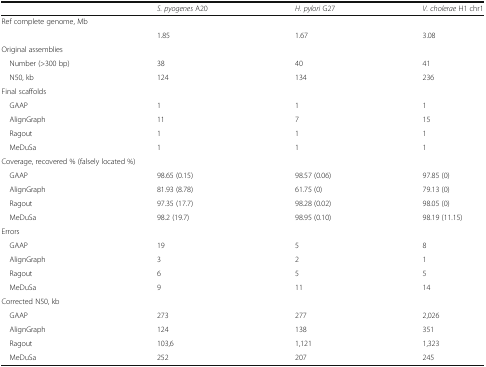
|  | S. pyogenes A20 | H. pylori G27 | V. cholerae H1 chr1 |
 | --- | --- | --- | --- |
 | <COLSPAN=4> Ref complete genome, Mb |
 |  | 1.85 | 1.67 | 3.08 |
 | <COLSPAN=4> Original assemblies |
 | Number (>300 bp) | 38 | 40 | 41 |
 | N50, kb | 124 | 134 | 236 |
 | <COLSPAN=4> Final scaffolds |
 | GAAP | 1 | 1 | 1 |
 | AlignGraph | 11 | 7 | 15 |
 | Ragout | 1 | 1 | 1 |
 | MeDuSa | 1 | 1 | 1 |
 | <COLSPAN=4> Coverage, recovered % (falsely located %) |
 | GAAP | 98.65 (0.15) | 98.57 (0.06) | 97.85 (0) |
 | AlignGraph | 81.93 (8.78) | 61.75 (0) | 79.13 (0) |
 | Ragout | 97.35 (17.7) | 98.28 (0.02) | 98.05 (0) |
 | MeDuSa | 98.2 (19.7) | 98.95 (0.10) | 98.19 (11.15) |
 | <COLSPAN=4> Errors |
 | GAAP | 19 | 5 | 8 |
 | AlignGraph | 3 | 2 | 1 |
 | Ragout | 6 | 5 | 5 |
 | MeDuSa | 9 | 11 | 14 |
 | <COLSPAN=4> Corrected N50, kb |
 | GAAP | 273 | 277 | 2,026 |
 | AlignGraph | 124 | 138 | 351 |
 | Ragout | 103,6 | 1,121 | 1,323 |
 | MeDuSa | 252 | 207 | 245 |